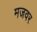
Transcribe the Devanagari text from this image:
मजवर